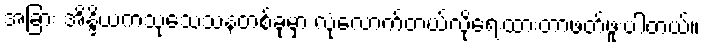
အခြား အိန္ဒိယကသုသေသနတစ်ခုမှာ လုံလောက်တယ်လို့ရေးထားတာဖတ်ဖူးပါတယ်။